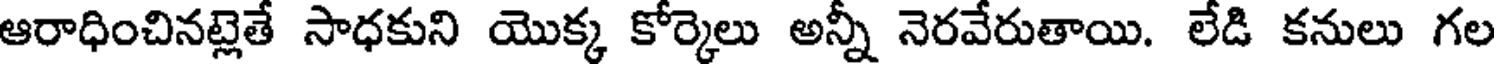
ఆరాధించినట్లెతే సాధకుని యొక్క కోర్కెలు అన్నీ నెరవేరుతాయి. లేడి కనులు గల